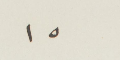
١٥